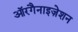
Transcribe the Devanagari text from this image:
ऑरगैनाइज़ेशन